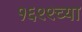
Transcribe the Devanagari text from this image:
१६९९च्या